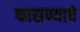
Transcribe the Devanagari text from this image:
फासण्याचे